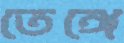
তেঙ্গে